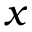
x